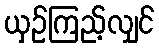
ယှဉ်ကြည့်လျှင်